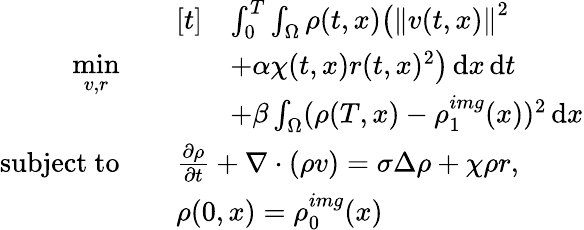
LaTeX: \begin{array}{rl}{\underset{v,r}{\mathrm{min}}\quad}&{\begin{array}{rl}{[t]}&{\int_{0}^{T}\int_{\Omega}\rho(t,x)\big(\left\lVert v(t,x)\right\rVert^{2}}\\ &{+\alpha\chi(t,x)r(t,x)^{2}\big)\, \mathrm{d}x\, \mathrm{d}t}\\ &{+\beta\int_{\Omega}(\rho(T,x)-\rho_{1}^{img}(x))^{2}\, \mathrm{d}x}\end{array}}\\ {\mathrm{subject~to}\quad}&{\frac{\partial\rho}{\partial t}+\nabla\cdot(\rho v)=\sigma\Delta\rho+\chi\rho r,}\\ &{\rho(0,x)=\rho_{0}^{img}(x)}\end{array}